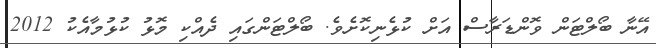
އޭނާ ބޯލްޓަން ވޮންޑަރާސް އަށް ކުޅެނިކޮށެވެ. ބޯލްޓަންގައި ދެއްކި މޮޅު ކުޅުމާއެކު 2012